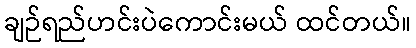
ချဉ်ရည်ဟင်းပဲကောင်းမယ် ထင်တယ်။